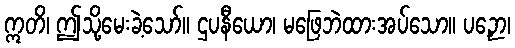
ဣတိ၊ ဤသို့မေးခဲ့သော်။ ဌပနီယော၊ မဖြေဘဲထားအပ်သော။ ပဉှော၊